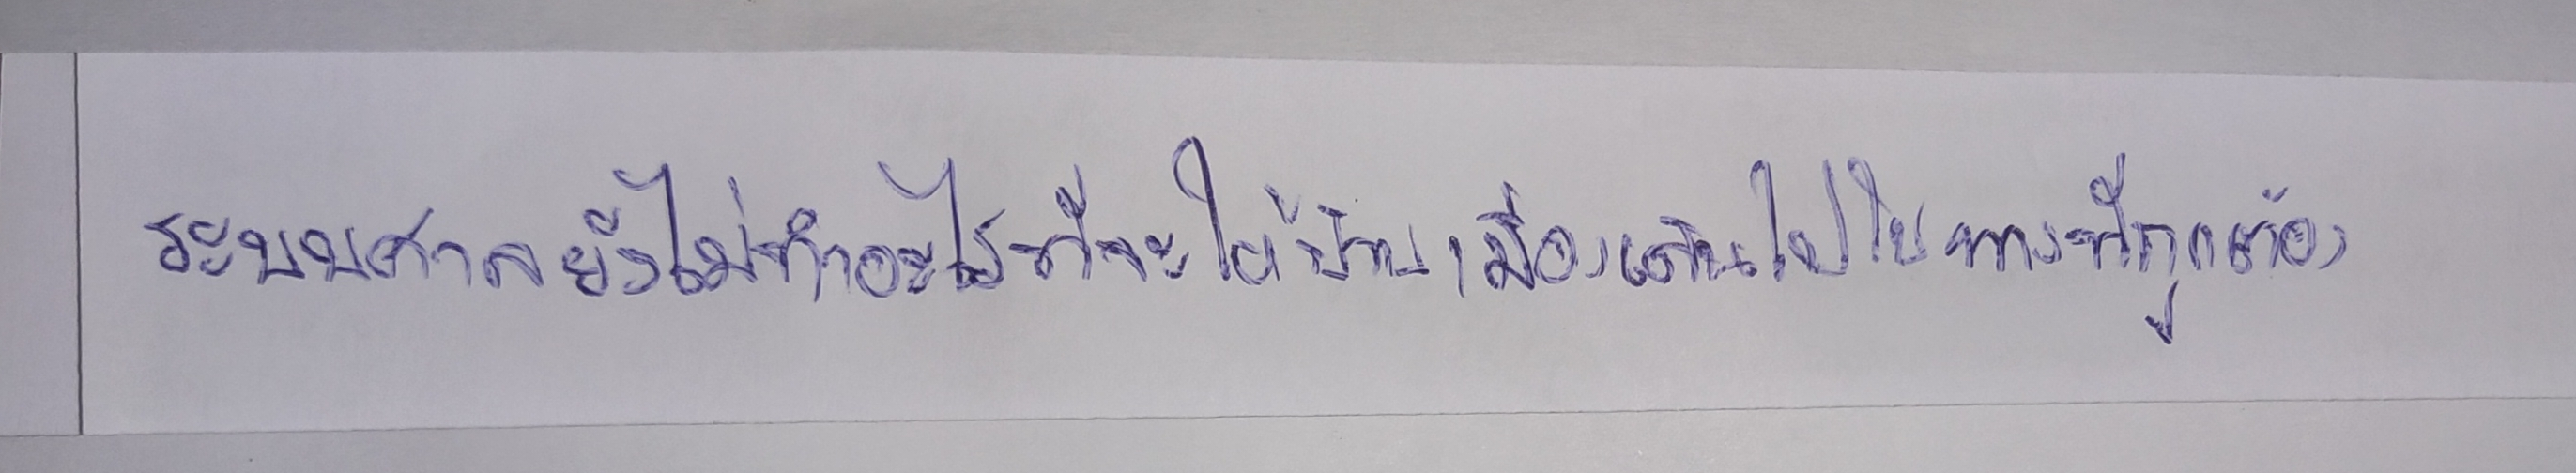
ระบบศาลยังไม่ทำอะไรที่จะให้บ้านเมืองเดินไปในทางที่ถูกต้อง